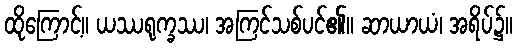
ထိုကြောင့်။ ယဿရုက္ခဿ၊ အကြင်သစ်ပင်၏။ ဆာယာယံ၊ အရိပ်၌။